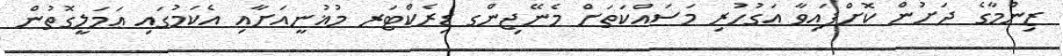
ޒިންމާގެ ދަށުން ކޮށްފައިވާ އަގުހުރި މަސައްކަތަށް މެނޭޖިންގ ޑިރެކްޓަރ މުޣުނީއަށާއި އެކަމުގައި ޢަމަލީގޮތުން